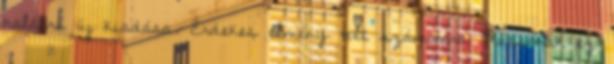
halálra új kiadása. Érdekes élmény volt számomra Mussonak ez